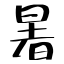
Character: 暑